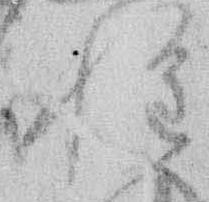
惶